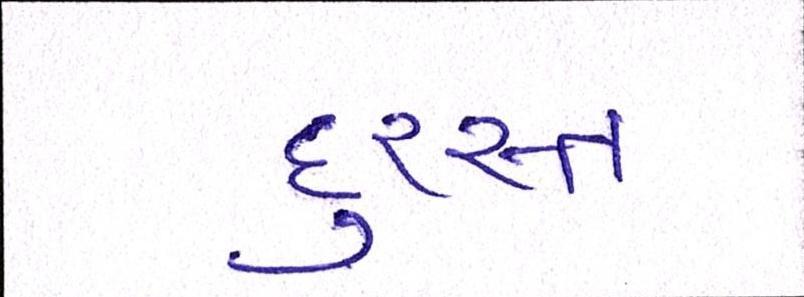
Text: દુરસ્ત